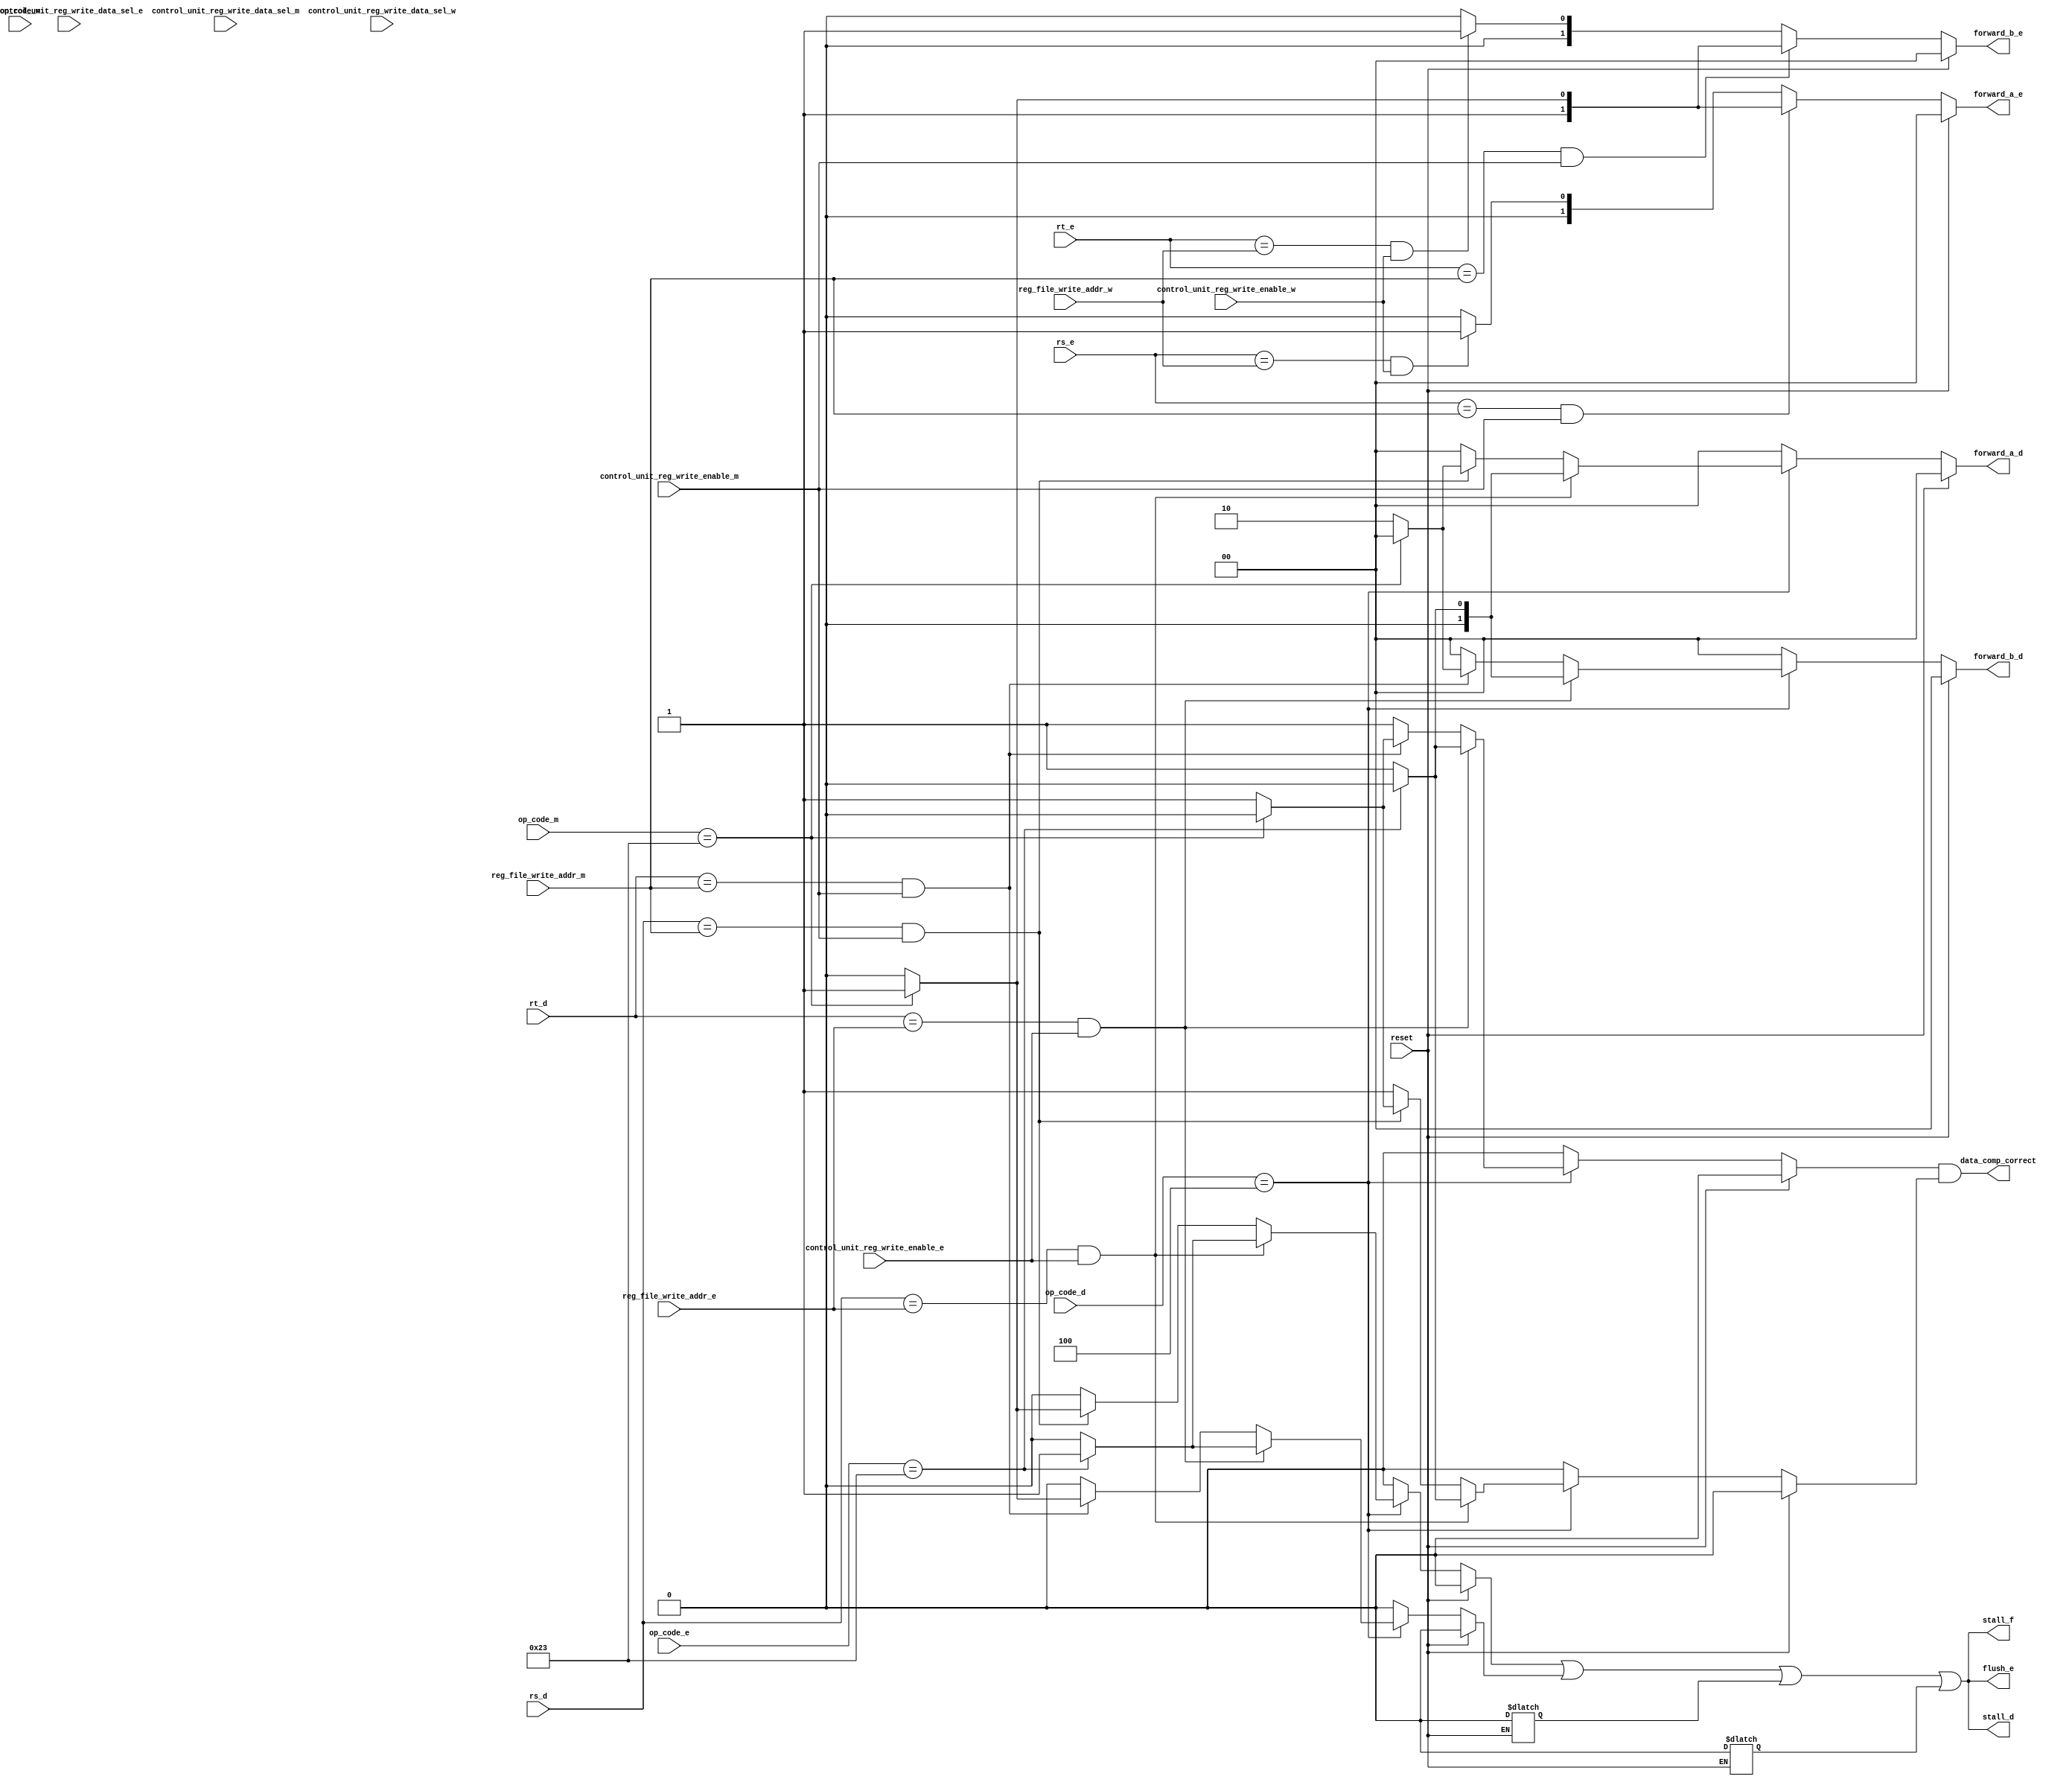
`timescale 1ns / 1ps
//////////////////////////////////////////////////////////////////////////////////
// Company: 
// Engineer: 
// 
// Design Name: 
// Module Name: hazard_unit
// Project Name: 
// Target Devices: 
// Tool Versions: 
// Description: 
// 
// Dependencies: 
// 
// Revision:
// Revision 0.01 - File Created
// Additional Comments:
// 
//////////////////////////////////////////////////////////////////////////////////

`define R_TYPE         6'b000000
`define J              6'b000010
`define BEQ            6'b000100
`define ADDI           6'b001000
`define LW             6'b100011
`define SW             6'b101011

module hazard_unit
    (
     input             reset,
     input      [5 :0] op_code_d,op_code_e,op_code_m,op_code_w,
//     input      [1 :0] control_unit_PC_sel_d,
     input      [4 :0] rs_d,rt_d,rs_e,rt_e,
     input      [4 :0] reg_file_write_addr_e            ,reg_file_write_addr_m           ,reg_file_write_addr_w,
     input             control_unit_reg_write_enable_e  ,control_unit_reg_write_enable_m ,control_unit_reg_write_enable_w,
     input      [1 :0] control_unit_reg_write_data_sel_e,control_unit_reg_write_data_sel_m,control_unit_reg_write_data_sel_w,
     output reg [1 :0] forward_a_d,forward_b_d,forward_a_e,forward_b_e,
     output reg        stall_f,stall_d,flush_e,data_comp_correct
    );
    
    reg lw_stall_e,lw_stall_m,lw_stall_w,branch_stall_1,branch_stall_2,data_comp_correct1,data_comp_correct2;
    
    always @ (*) begin
        if (reset) begin
            branch_stall_1 = 1'b0;
            branch_stall_2 = 1'b0;
            lw_stall_e = 1'b0;
            lw_stall_m = 1'b0;
            lw_stall_w = 1'b0;
            forward_a_d = 2'b00;
            forward_b_d = 2'b00;
//            data_comp_correct = 1'b0;
            data_comp_correct1 = 1'b0;
            data_comp_correct2 = 1'b0;
        end
        else begin
        casex(op_code_d)
            `BEQ : begin
                if ((rs_d == reg_file_write_addr_e) & (control_unit_reg_write_enable_e)) begin
                    if (op_code_e == `LW) begin
                        branch_stall_1 = 1'b1;
                        forward_a_d = 2'b00;
                        data_comp_correct1 = 1'b0;
                    end
                    else begin
                        branch_stall_1 = 1'b0;
                        forward_a_d = 2'b01;
                        data_comp_correct1 = 1'b1;
                    end
                end
                else if ((rs_d == reg_file_write_addr_m) & (control_unit_reg_write_enable_m)) begin
                    if (op_code_m == `LW) begin
                        branch_stall_1 = 1'b1;
                        forward_a_d = 2'b00;
                        data_comp_correct1 = 1'b0;
                    end
                    else begin
                        branch_stall_1 = 1'b0;
                        forward_a_d = 2'b10;
                        data_comp_correct1 = 1'b1;
                    end
                end
//                else if ((rs_d == reg_file_write_addr_w) & (control_unit_reg_write_enable_w)) begin
//                        branch_stall_1 = 1'b0;
//                        forward_a_d = 2'b11;
//                        data_comp_correct1 = 1'b1;
//                end
                else begin
                    branch_stall_1 = 1'b0;
                    forward_a_d = 2'b00;
                    data_comp_correct1 = 1'b1;
                end
                    
                    
                if ((rt_d == reg_file_write_addr_e) & (control_unit_reg_write_enable_e)) begin
                    if (op_code_e == `LW) begin
                        branch_stall_2 = 1'b1;
                        forward_b_d = 2'b00;
                        data_comp_correct2 = 1'b0;
                    end
                    else begin
                        branch_stall_2 = 1'b0;
                        forward_b_d = 2'b01;
                        data_comp_correct2 = 1'b1;
                    end
                end
                else if ((rt_d == reg_file_write_addr_m) & (control_unit_reg_write_enable_m)) begin
                    if (op_code_m == `LW) begin
                        branch_stall_2 = 1'b1;
                        forward_b_d = 2'b00;
                        data_comp_correct2 = 1'b0;
                    end
                    else begin
                        branch_stall_2 = 1'b0;
                        forward_b_d = 2'b10;
                        data_comp_correct2 = 1'b1;
                    end
                end
//                else if ((rt_d == reg_file_write_addr_w) & (control_unit_reg_write_enable_w)) begin
//                        branch_stall_2 = 1'b0;
//                        forward_b_d = 2'b11;
//                        data_comp_correct2 = 1'b1;
//                end
                else begin
                    branch_stall_2 = 1'b0;
                    forward_b_d = 2'b00;
                    data_comp_correct2 = 1'b1;
                end
            end
            default : begin
                branch_stall_1 = 1'b0;
                branch_stall_2 = 1'b0;
                forward_a_d = 2'b00;
                forward_b_d = 2'b00;
                data_comp_correct1 = 1'b0;
                data_comp_correct2 = 1'b0;
            end
        endcase
        
//        casex(op_code_e)
//            `LW : begin
//                if ((rs_d == reg_file_write_addr_e) | (rt_d == reg_file_write_addr_e) & (control_unit_reg_write_data_sel_e == 2'b01))
//                    lw_stall_e = 1'b1;
//                else
//                    lw_stall_e = 1'b0;
//            end
//            default : begin
//                lw_stall_e = 1'b0;
//            end
//        endcase
        
//        casex(op_code_m)
//            `LW : begin
//                if ((rs_d == reg_file_write_addr_m) | (rt_d == reg_file_write_addr_m) & (control_unit_reg_write_data_sel_m == 2'b01))
//                    lw_stall_m = 1'b1;
//                else
//                    lw_stall_m = 1'b0;
//            end
//            default : begin
//                lw_stall_m = 1'b0;
//            end
//        endcase
        
//        casex(op_code_w)
//            `LW : begin
//                if ((rs_d == reg_file_write_addr_w) | (rt_d == reg_file_write_addr_w) & (control_unit_reg_write_data_sel_w == 2'b10))
//                    lw_stall_w = 1'b1;
//                else
//                    lw_stall_w = 1'b0;
//            end
//            default : begin
//                lw_stall_w = 1'b0;
//            end
//        endcase
        
    end
    end
    
    always @ (*) begin
    if (reset) begin
            forward_a_e = 2'b00;
            forward_b_e = 2'b00;
    end
    else begin
        if ((rs_e == reg_file_write_addr_m) & (control_unit_reg_write_enable_m))
            if (op_code_m == `LW)
                forward_a_e = 2'b11;
            else
                forward_a_e = 2'b10;
        else if ((rs_e == reg_file_write_addr_w) & (control_unit_reg_write_enable_w))
            forward_a_e = 2'b01;
        else
            forward_a_e = 2'b00;
        
        if ((rt_e == reg_file_write_addr_m) & (control_unit_reg_write_enable_m))
            if (op_code_m == `LW)
                forward_b_e = 2'b11;
            else
                forward_b_e = 2'b10;
        else if ((rt_e == reg_file_write_addr_w) & (control_unit_reg_write_enable_w))
            forward_b_e = 2'b01;
        else
            forward_b_e = 2'b00;
    
    end
    end
    
    always @ (*) begin
        stall_f = branch_stall_1 | branch_stall_2 | lw_stall_e | lw_stall_m;
        stall_d = branch_stall_1 | branch_stall_2 | lw_stall_e | lw_stall_m;
        flush_e = branch_stall_1 | branch_stall_2 | lw_stall_e | lw_stall_m;
        data_comp_correct = data_comp_correct2 & data_comp_correct1;
    end

    
    //for simulation pnly
//    assign control_unit_PC_sel_d = 0;
//    assign rs_d = 1;
//    assign rt_d = 2;
//    assign rs_e = 3;
//    assign rt_e = 4;
//    assign reg_file_write_addr_e = 0;
//    assign reg_file_write_addr_m = 0;
//    assign reg_file_write_addr_w = 0;
//    assign control_unit_reg_write_enable_e = 1;
//    assign control_unit_reg_write_enable_m = 1;
//    assign control_unit_reg_write_enable_w = 1;
//    assign control_unit_reg_write_data_sel_e = 0;
    
endmodule